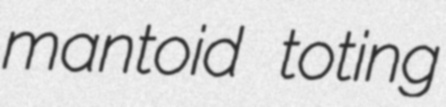
mantoid toting